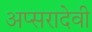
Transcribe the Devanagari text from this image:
अप्सरादेवी